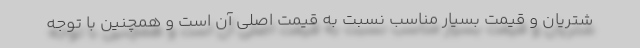
شتریان و قیمت بسیار مناسب نسبت به قیمت اصلی آن است و همچنین با توجه